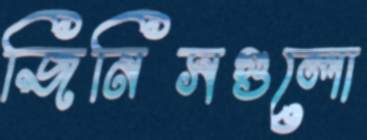
জিনিসগুলো